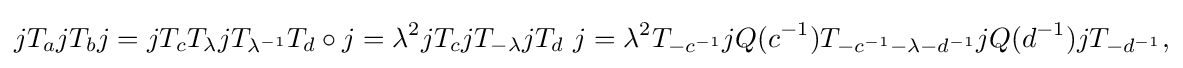
\displaystyle {jT_{a}jT_{b}j=jT_{c}T_{\lambda }jT_{\lambda ^{-1}}T_{d}\circ j=\lambda ^{2}jT_{c}jT_{-\lambda }jT_{d}\ j=\lambda ^{2}T_{-c^{-1}}jQ(c^{-1})T_{-c^{-1}-\lambda -d^{-1}}jQ(d^{-1})jT_{-d^{-1}},}